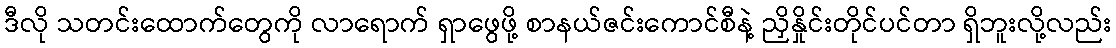
ဒီလို သတင်းထောက်တွေကို လာရောက် ရှာဖွေဖို့ စာနယ်ဇင်းကောင်စီနဲ့ ညှိနှိုင်းတိုင်ပင်တာ ရှိဘူးလို့လည်း